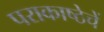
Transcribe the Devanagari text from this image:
पराकाष्ठेचें